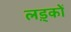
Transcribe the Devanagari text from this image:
लड़्कों